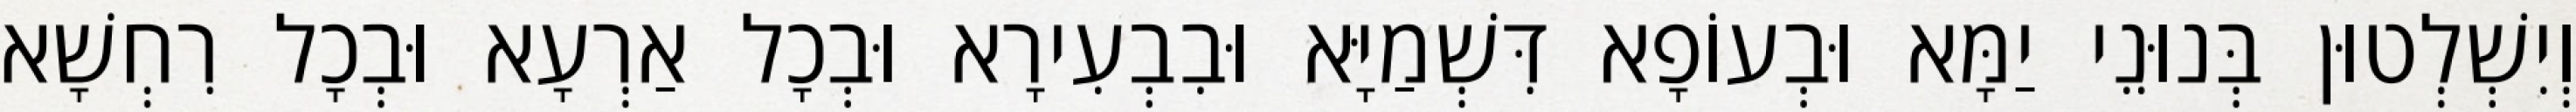
וְיִשְׁלְטוּן בְּנוּנֵי יַמָּא וּבְעוֹפָא דִּשְׁמַיָּא וּבִבְעִירָא וּבְכָל אַרְעָא וּבְכָל רִחְשָׁא